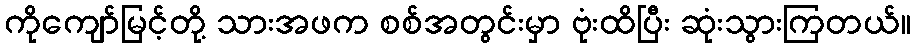
ကိုကျော်မြင့်တို့ သားအဖက စစ်အတွင်းမှာ ဗုံးထိပြီး ဆုံးသွားကြတယ်။